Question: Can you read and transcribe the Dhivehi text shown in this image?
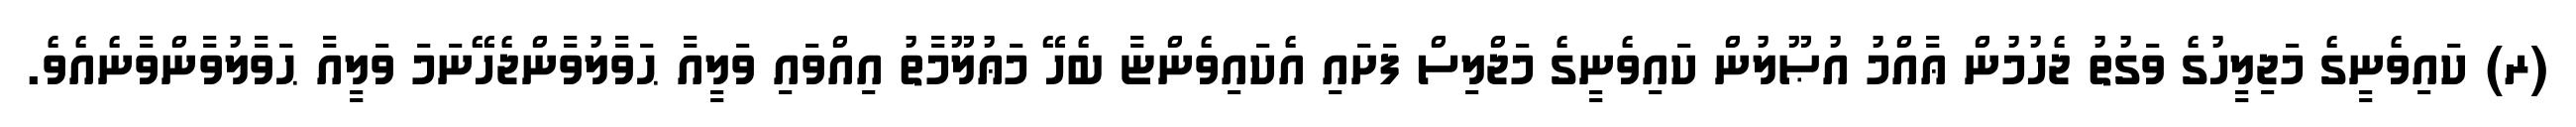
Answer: (ރ) ކައިވެނީގެ މަޖިލީހުގެ ވަގުތު ޖެހުމުން ޢާއްމު އުޞޫލުން ކައިވެނީގެ މަޖްލިސް ފަށައި އެކައިވެންޏާ ބެހޭ މަޢުލޫމާތު އިއްވައި ވަލީއާ ޙަވާލުވާންޖެހޭނަމަ ވަލީއާ ޙަވާލުވާންވާނެއެވެ.